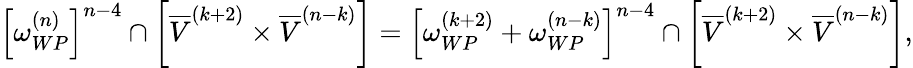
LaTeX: \left[\omega_{WP}^{(n)}\right]^{n-4}\cap\left[\overline{{V}}^{(k+2)}\times\overline{{V}}^{(n-k)}\right]=\left[\omega_{WP}^{(k+2)}+\omega_{WP}^{(n-k)}\right]^{n-4}\cap\left[\overline{{V}}^{(k+2)}\times\overline{{V}}^{(n-k)}\right],